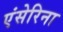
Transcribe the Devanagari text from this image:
एंसेरिना